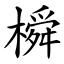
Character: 橓